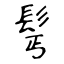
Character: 髩